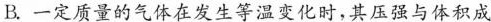
B.一定质量的气体在发生等温变化时，其压强与体积成